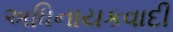
અધિનાયકવાદી